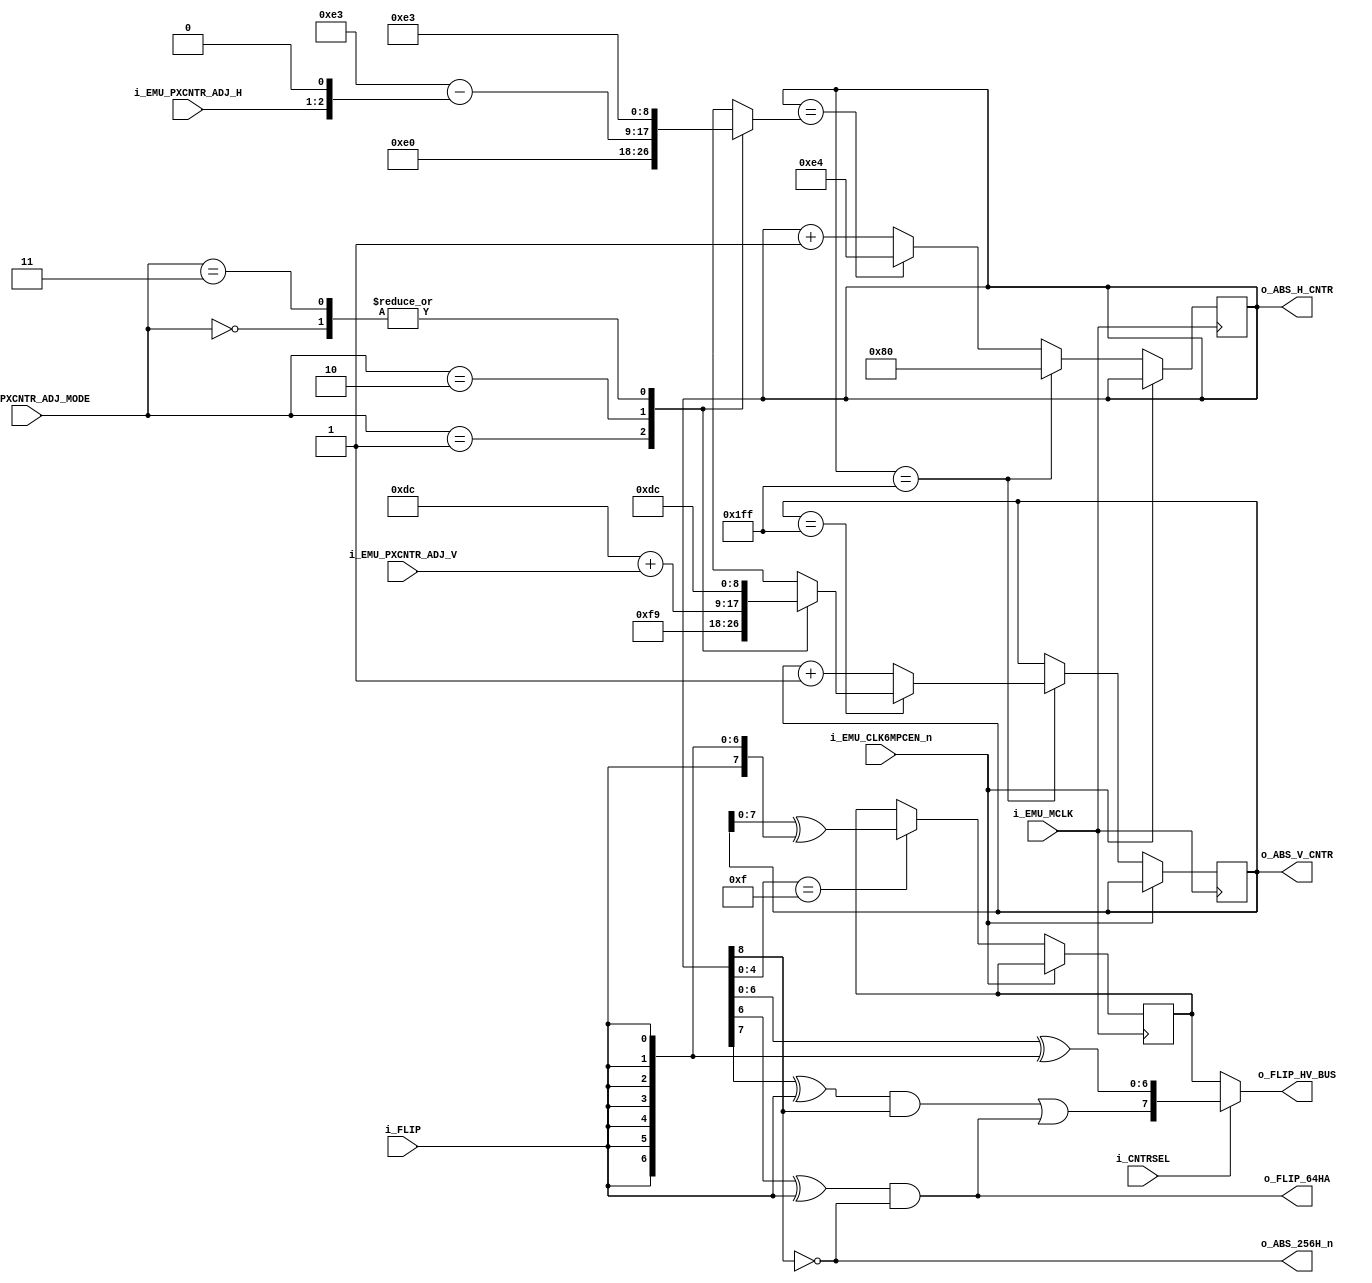
module N8633S
(
    input   wire            i_EMU_MCLK,
    input   wire            i_EMU_CLK6MPCEN_n,

    input   wire    [1:0]   i_EMU_PXCNTR_ADJ_MODE,
    input   wire    [1:0]   i_EMU_PXCNTR_ADJ_H,
    input   wire    [2:0]   i_EMU_PXCNTR_ADJ_V,

    input   wire            i_FLIP,
    input   wire            i_CNTRSEL,

    output  wire            o_ABS_256H_n,
    output  wire            o_FLIP_64HA,

    output  wire    [8:0]   o_ABS_H_CNTR,
    output  wire    [8:0]   o_ABS_V_CNTR,

    output  wire    [7:0]   o_FLIP_HV_BUS
);

reg     [8:0]   horizontal_counter = 9'd128; //9'b0_1000_0000
reg     [8:0]   vertical_counter = 9'd220; //9'b0_1101_1100  

assign  o_ABS_H_CNTR = horizontal_counter;
assign  o_ABS_V_CNTR = vertical_counter;

assign  {o_ABS_256H, 
         o_ABS_128H, o_ABS_64H,  o_ABS_32H,  o_ABS_16H, 
         o_ABS_8H,   o_ABS_4H,   o_ABS_2H,   o_ABS_1H} = horizontal_counter;

assign  {o_ABS_256V, 
         o_ABS_128V, o_ABS_64V,  o_ABS_32V,  o_ABS_16V, 
         o_ABS_8V,   o_ABS_4V,   o_ABS_2V,   o_ABS_1V} = vertical_counter;

assign  o_ABS_256H_n = ~o_ABS_256H;



reg     [8:0]   vertical_start, horizontal_skip;
always @(*) begin
    case(i_EMU_PXCNTR_ADJ_MODE)
        2'd0: begin vertical_start = 9'd220; horizontal_skip = 9'd227; end //original
        2'd1: begin vertical_start = 9'd249; horizontal_skip = 9'd224; end //ntsc-friendly
        2'd2: begin vertical_start = 9'd220 + i_EMU_PXCNTR_ADJ_V; horizontal_skip = 9'd227 - {i_EMU_PXCNTR_ADJ_H, 1'b0}; end //custom
        2'd3: begin vertical_start = 9'd220; horizontal_skip = 9'd227; end //unused
    endcase
end


always @(posedge i_EMU_MCLK) if(!i_EMU_CLK6MPCEN_n) begin
    if(horizontal_counter == 9'd511)
    begin
        horizontal_counter <= 9'd128; //9'd128;

        if(vertical_counter == 9'd511)
        begin
            vertical_counter <= vertical_start; //9'd220;
        end
        else
        begin
            vertical_counter <= vertical_counter + 9'd1;
        end
    end
    else
    begin //count up
        if(horizontal_counter == horizontal_skip) horizontal_counter <= 9'd228;
        else horizontal_counter <= horizontal_counter + 9'd1;
    end
end



wire            FLIP_64HA = (o_ABS_64H ^ i_FLIP) & ~o_ABS_256H;
wire            FLIP_128HA = (o_ABS_128H ^ i_FLIP) & o_ABS_256H;
assign  o_FLIP_64HA = FLIP_64HA;

wire    [7:0]   FLIP_H_CNTR = {FLIP_128HA | FLIP_64HA, horizontal_counter[6:0] ^ {7{i_FLIP}}};

reg     [7:0]   FLIP_V_CNTR;
always @(posedge i_EMU_MCLK) if(!i_EMU_CLK6MPCEN_n) begin
    if(horizontal_counter[4:0] == 5'd15)
    begin
        FLIP_V_CNTR <= vertical_counter[7:0] ^ {8{i_FLIP}};
    end
end


assign  o_FLIP_HV_BUS = i_CNTRSEL ? FLIP_H_CNTR : FLIP_V_CNTR; //1 : 0

endmodule